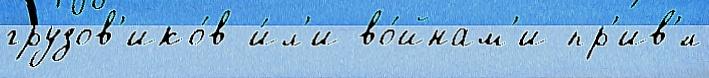
грузов'ико́в и́л'и во́йнам'и пр'ив'́л